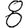
Digit: 8